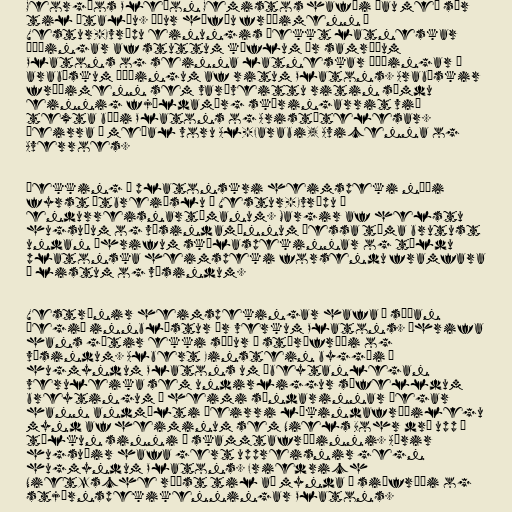
Georgíos Pleþon Gemistos hafði þau með sér
til Ítalíu. Áður höfðu fræðimenn í
Vestur-Evrópu einungis þekkt latneskar
þýðingar af stuttum köflum úr samræðum
Platons og seinna latneskar þýðingar á
arabískum þýðingum af ritum Platons. Arabískir
fræðimenn sem varðveittu ritin sömdu
einnig fjöldamörg skýringarrit við
texta bæði Platons og Aristótelesar.
Þeirra á meðal voru Al-Farabi, Avicenna og
Averroes.

Þekking á platonskri heimspeki náði
fyrst útbreiðslu í Vestur-Evrópu á
endurreisnartímanum. Margir af helstu
hugsuðum og vísindamönnum þessa tíma brutust
undan áhrifum skólaspekinnar og töldu
platonska heimspeki forsendu framfara
í listum og vísindum.

Vestrænir heimspekingar hafa æ síðan
þegið innblástur úr verkum Platons. Áhrifa
hans gætir ekki síður í stærðfræði og
vísindum. Albert Einstein byggði á
hugmyndum Platons um óbeytanlegan
veruleika sem undirliggur sífelldum
breytingum í heimi sýndarinnar þegar
hann andmælti þeirri líkindafræðilegu
mynd af heiminum sem Niels Bohr dró upp í
túlkun sinni á skammtafræðinni. Aðrir
hugsuðir hafa gert uppreisnir gegn
hugmyndum Platons. Friedrich
Nietzsche réðst til að mynda á siðfræði og
stjórnspekikenningar Platons.